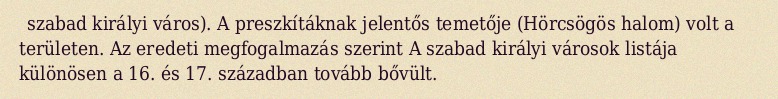
szabad királyi város). A preszkítáknak jelentős temetője (Hörcsögös halom) volt a területen. Az eredeti megfogalmazás szerint A szabad királyi városok listája különösen a 16. és 17. században tovább bővült.